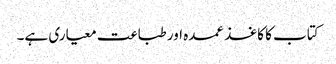
کتاب کا کاغذ عمدہ اور طباعت معیاری ہے۔